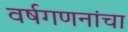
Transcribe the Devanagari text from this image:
वर्षगणनांचा